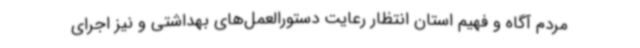
مردم آگاه و فهیم استان انتظار رعایت دستورالعمل‌های بهداشتی و نیز اجرای